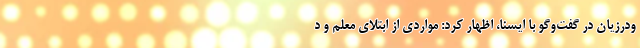
ودرزیان در گفت‌وگو با ایسنا، اظهار کرد: مواردی از ابتلای معلم و د